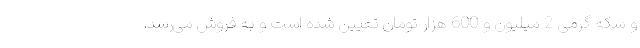
و سکه گرمی 2 میلیون و 600 هزار تومان تعیین شده است و به فروش می‌رسد.